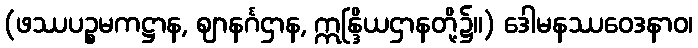
(ဖဿပဉ္စမကဋ္ဌာန, ဈာနင်္ဂဌာန, ဣန္ဒြိယဌာနတို့၌။) ဒေါမနဿဝေဒနာဝ၊